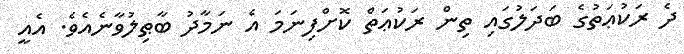
ދެ ރަކުޢަތުގެ ބަދަލުގައި ތިން ރަކުޢަތް ކޮށްފިނަމަ އެ ނަމާދު ބާޠިލުވާނެއެވެ. އެއީ